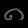
Digit: ၈